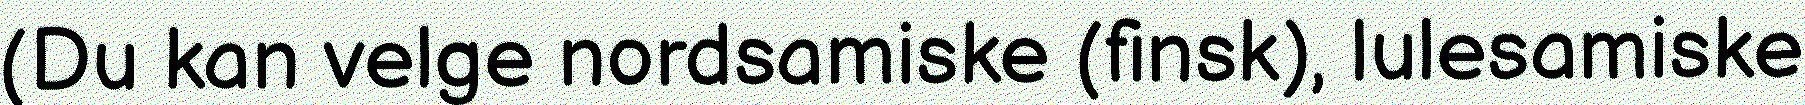
(Du kan velge nordsamiske (finsk), lulesamiske